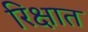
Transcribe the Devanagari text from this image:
रिक्षात